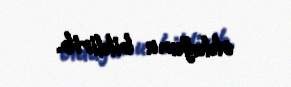
olduğunu bildirib.